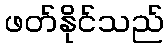
ဖတ်နိုင်သည်